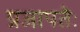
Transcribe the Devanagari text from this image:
प्रजापतेः